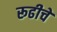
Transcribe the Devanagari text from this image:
रूढीचे